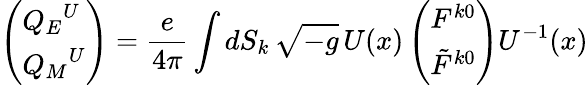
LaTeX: \left(\begin{array}{l}{{{Q_{E}}^{U}}}\\ {{{Q_{M}}^{U}}}\end{array}\right)={\frac{e}{4\pi}}\int dS_{k}\, \sqrt{-g}\, U(x)\left(\begin{array}{l}{{F^{k0}}}\\ {{\tilde{F}^{k0}}}\end{array}\right)U^{-1}(x)